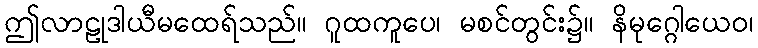
ဤလာဠုဒါယီမထေရ်သည်။ ဂူထကူပေ၊ မစင်တွင်း၌။ နိမုဂ္ဂေါယေဝ၊